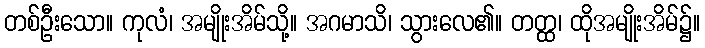
တစ်ဦးသော။ ကုလံ၊ အမျိုးအိမ်သို့။ အဂမာသိ၊ သွားလေ၏။ တတ္ထ၊ ထိုအမျိုးအိမ်၌။